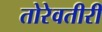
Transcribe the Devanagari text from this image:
तोरेवतीरीं